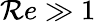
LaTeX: \mathcal{R}e\gg1